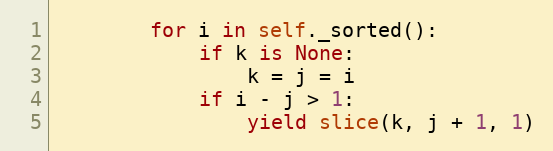
Language: Python
        for i in self._sorted():
            if k is None:
                k = j = i
            if i - j > 1:
                yield slice(k, j + 1, 1)